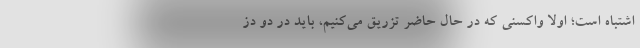
اشتباه است؛ اولا واکسنی که در حال حاضر تزریق می‌کنیم، باید در دو دُز